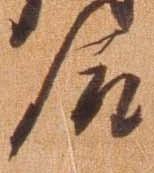
合